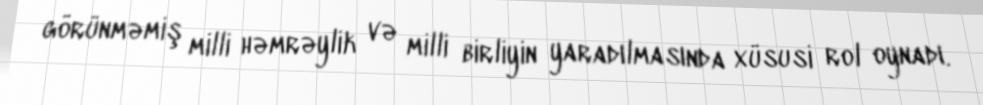
görünməmiş milli həmrəylik və milli birliyin yaradılmasında xüsusi rol oynadı.